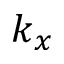
k _ { x }